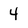
Character: 4